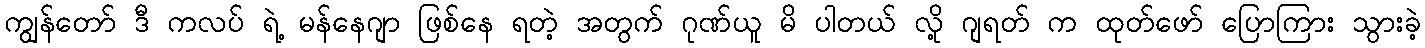
ကျွန်တော် ဒီ ကလပ် ရဲ့ မန်နေဂျာ ဖြစ်နေ ရတဲ့ အတွက် ဂုဏ်ယူ မိ ပါတယ် လို့ ဂျရတ် က ထုတ်ဖော် ပြောကြား သွားခဲ့